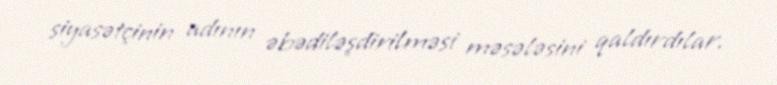
siyasətçinin adının əbədiləşdirilməsi məsələsini qaldırdılar.